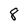
Character: 8